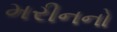
મરીનનો